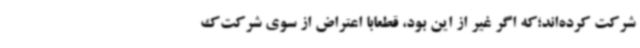
شرکت کرده‌اند؛که اگر غیر از این بود، قطعاًبا اعتراض از سوی شرکت‌ک